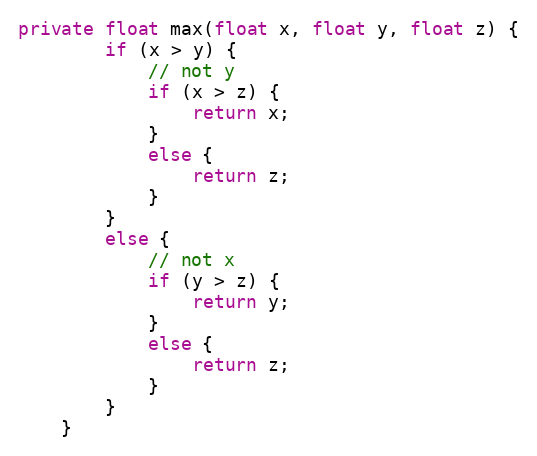
Language: Java
private float max(float x, float y, float z) {
        if (x > y) {
            // not y
            if (x > z) {
                return x;
            }
            else {
                return z;
            }
        }
        else {
            // not x
            if (y > z) {
                return y;
            }
            else {
                return z;
            }
        }
    }